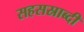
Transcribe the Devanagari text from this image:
सहसस्राब्दी